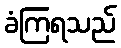
ခံကြရသည်